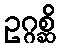
ဥဂ္ဂစ္ဆိ